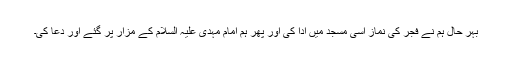
بہر حال ہم نے فجر کی نماز اُسی مسجد میں ادا کی اور پھر ہم امام مہدی علیہ السلام کے مزار پر گئے اور دعا کی۔